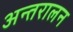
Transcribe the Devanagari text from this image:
अन्तरालन